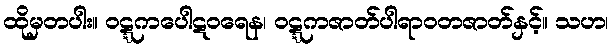
ထိုမှတပါး။ ဝဋ္ဋကပေါဋဝရေန၊ ဝဋ္ဋကဇာတ်ပါရာဝတဇာတ်နှင့်။ သဟ၊